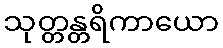
သုတ္တန္တရိကာယော